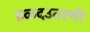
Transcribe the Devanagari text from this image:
हळदउतरणी